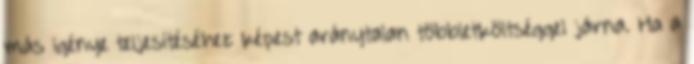
más igénye teljesítéséhez képest aránytalan többletköltséggel járna. Ha a